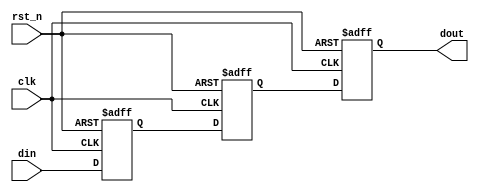
module TwoFFMetastabilityDetector (
    input wire clk,       // Clock signal
    input wire rst_n,     // Active low reset signal
    input wire din,       // Input signal to be monitored
    output reg dout       // Output signal (stabilized)
);

    // Internal signals for the flip-flops
    reg ff1, ff2;

    // Sequential logic for the two flip-flops
    always @(posedge clk or negedge rst_n) begin
        if (!rst_n) begin
            // Reset both flip-flops to a known state (0)
            ff1 <= 1'b0;
            ff2 <= 1'b0;
            dout <= 1'b0;
        end else begin
            // Sample the input signal with the first flip-flop
            ff1 <= din;
            // Sample the output of the first flip-flop with the second flip-flop
            ff2 <= ff1;
            // Output the stabilized value from the second flip-flop
            dout <= ff2;
        end
    end

endmodule